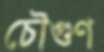
চৌগুণ